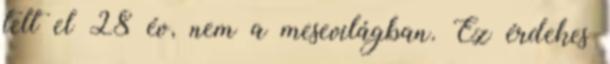
telt el 28 év, nem a mesevilágban. Ez érdekes